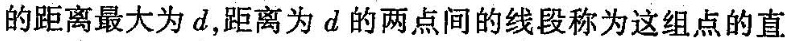
的距离最大为d，距离为d的两点间的线段称为这组点的直